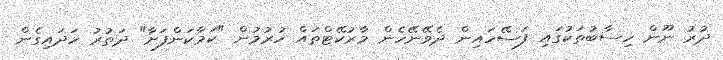
ދުރު ނޫން ހިސާބުތަކުގައި ފަސޭހައިން ދެވޭނޭހެން މާރުކޭޓްތައް ހުރުމުން "ކަމާކަންފަށާ" ދަތުރު ހަދައިގެން